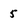
Character: 5